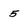
Character: 5